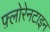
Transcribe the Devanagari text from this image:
फ़्लोरेनटाइन